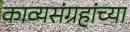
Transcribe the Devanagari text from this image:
काव्यसंग्रहांच्या